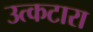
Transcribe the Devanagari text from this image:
उत्कटारा